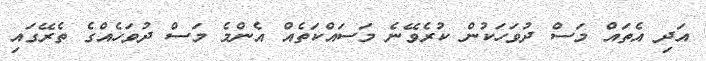
އަދި އެތައް މަސް ދުވަހަކުން ކުރެވޭނެ މަސައްކަތެއް އެންމެ މަސް ދުވަހެއްގެ ތެރޭގައި